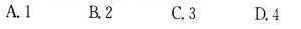
A.1 B.2 C.3 D.4